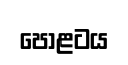
පොළටය